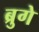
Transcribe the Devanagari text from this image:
ब्रुगे